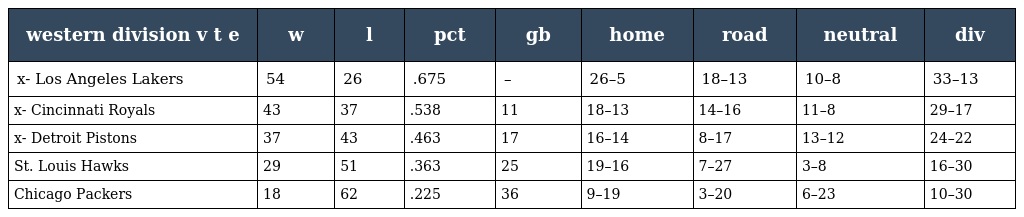
| western division v t e | w | l | pct | gb | home | road | neutral | div |
 | --- | --- | --- | --- | --- | --- | --- | --- | --- |
 | x- Los Angeles Lakers | 54 | 26 | .675 | – | 26–5 | 18–13 | 10–8 | 33–13 |
 | x- Cincinnati Royals | 43 | 37 | .538 | 11 | 18–13 | 14–16 | 11–8 | 29–17 |
 | x- Detroit Pistons | 37 | 43 | .463 | 17 | 16–14 | 8–17 | 13–12 | 24–22 |
 | St. Louis Hawks | 29 | 51 | .363 | 25 | 19–16 | 7–27 | 3–8 | 16–30 |
 | Chicago Packers | 18 | 62 | .225 | 36 | 9–19 | 3–20 | 6–23 | 10–30 |